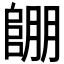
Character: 𲉔